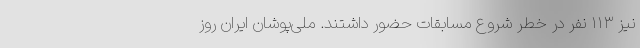
نیز ۱۱۳ نفر در خطر شروع مسابقات حضور داشتند. ملی‌پوشان ایران روز